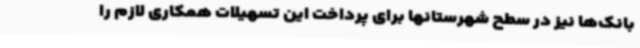
بانک‌ها نیز در سطح شهرستانها برای پرداخت این تسهیلات همکاری لازم را